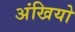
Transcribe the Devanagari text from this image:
अंखियो